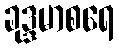
ခုဒ္ဒမာစရေ